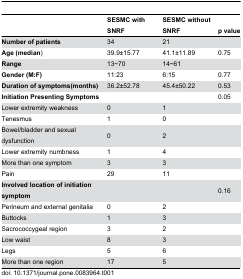
<table><thead><tr><td></td><td><b>SESMC with SNRF</b></td><td><b>SESMC without SNRF</b></td><td><b>p value</b></td></tr></thead><tbody><tr><td><b>Number of patients</b></td><td>34</td><td>21</td><td></td></tr><tr><td><b>Age (median</b>) </td><td>39.9±15.77</td><td>41.1±11.89</td><td>0.75</td></tr><tr><td><b>Range</b></td><td>13~70</td><td>14~61</td><td></td></tr><tr><td><b>Gender (M:F)</b></td><td>11:23</td><td>6:15</td><td>0.77</td></tr><tr><td><b>Duration of symptoms(months)</b></td><td>36.2±52.78</td><td>45.4±50.22</td><td>0.53</td></tr><tr><td><b>Initiation Presenting Symptoms</b></td><td></td><td></td><td>0.05</td></tr><tr><td>Lower extremity weakness</td><td>0</td><td>1</td><td></td></tr><tr><td>Tenesmus</td><td>1</td><td>0</td><td></td></tr><tr><td>Bowel/bladder and sexual dysfunction</td><td>0</td><td>2</td><td></td></tr><tr><td>Lower extremity numbness</td><td>1</td><td>4</td><td></td></tr><tr><td>More than one symptom</td><td>3</td><td>3</td><td></td></tr><tr><td>Pain</td><td>29</td><td>11</td><td></td></tr><tr><td><b>Involved location of initiation symptom</b></td><td></td><td></td><td>0.16</td></tr><tr><td>Perineum and external genitalia</td><td>0</td><td>2</td><td></td></tr><tr><td>Buttocks</td><td>1</td><td>3</td><td></td></tr><tr><td>Sacrococcygeal region</td><td>3</td><td>2</td><td></td></tr><tr><td>Low waist</td><td>8</td><td>3</td><td></td></tr><tr><td>Legs</td><td>5</td><td>6</td><td></td></tr><tr><td>More than one region</td><td>17</td><td>5</td><td></td></tr></tbody></table>